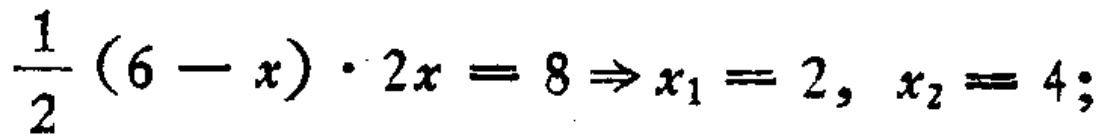
$\frac{1}{2}(6 - x)\cdot 2x = 8\Rightarrow x_{1}=2,\ x_{2}=4;$